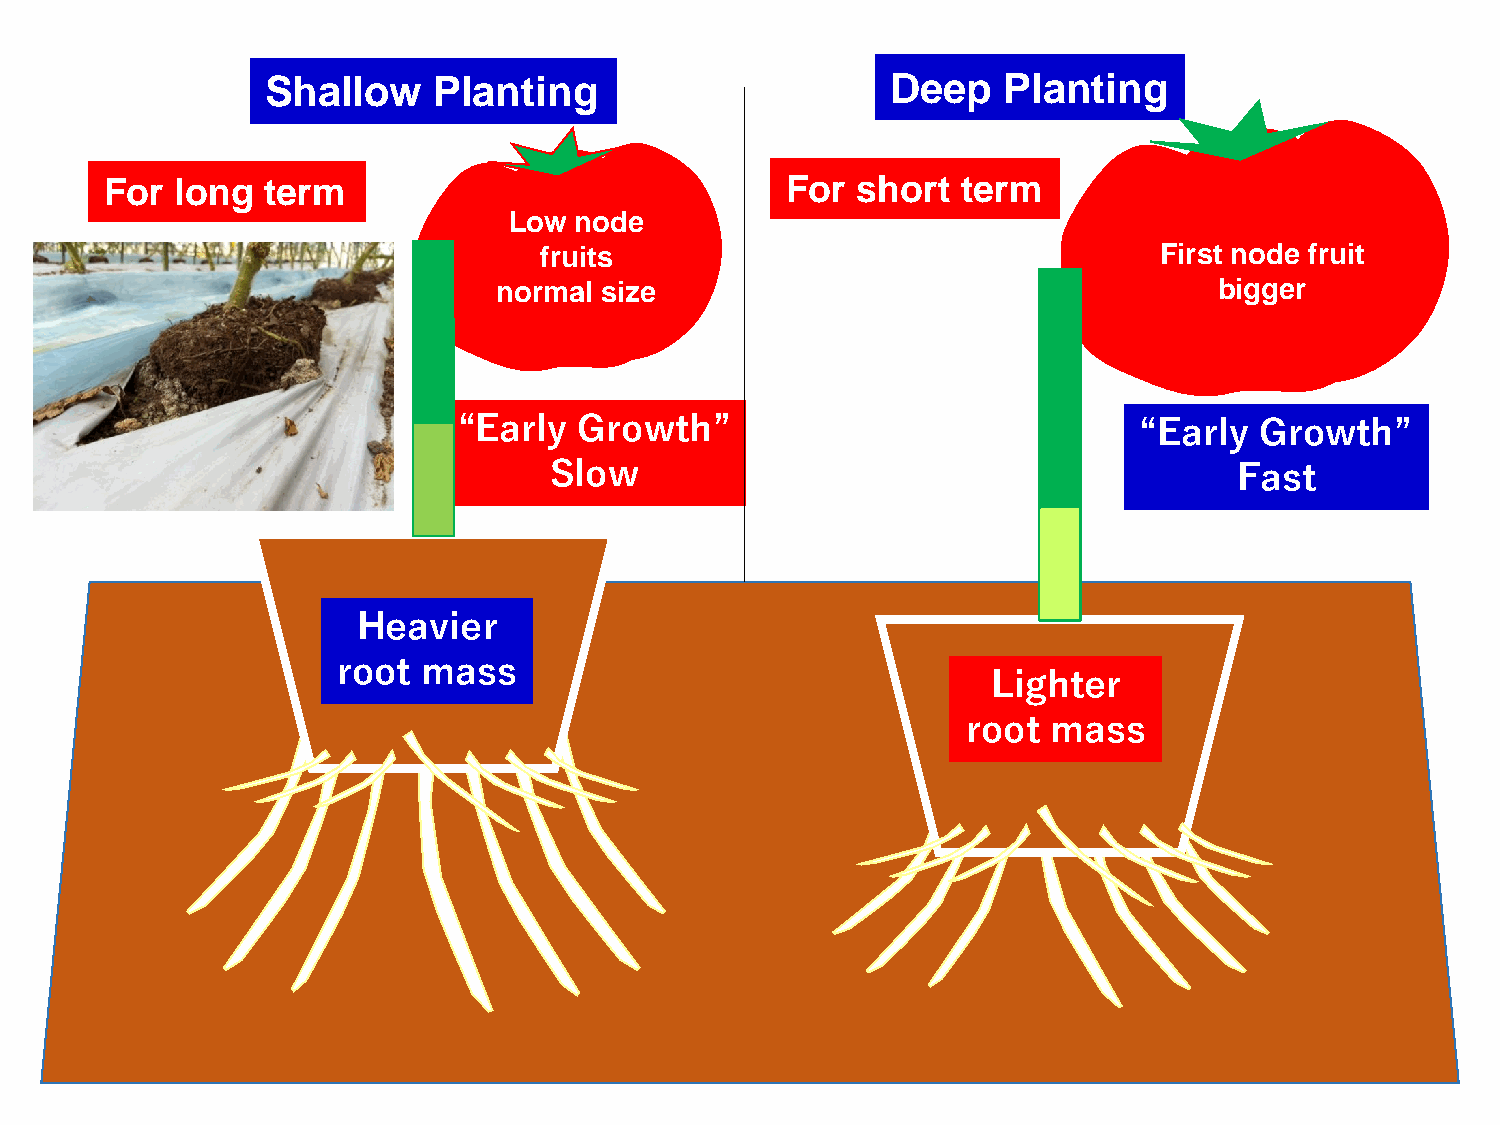
Shallow    Planting                      Deep   Planting
 For  long term                               For  short  term
 Low node
 fruits                                   First node fruit
 normal size                                     bigger
 “Early  Growth”                              “Early  Growth”
 Slow                                          Fast
 Heavier
 root  mass
 Lighter
 root  mass